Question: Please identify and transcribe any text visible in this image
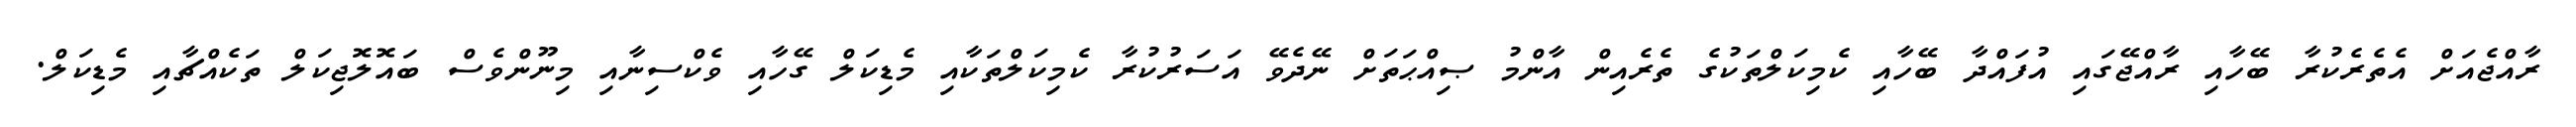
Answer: ރާއްޖެއަށް އެތެރެކުރާ ބޭހާއި ރާއްޖޭގައި އުފައްދާ ބޭހާއި ކެމިކަލްތަކުގެ ތެރެއިން އާންމު ޞިއްޙަތަށް ނޭދެވޭ އަސަރުކުރާ ކެމިކަލްތަކާއި މެޑިކަލް ގޭހާއި ވެކްސިނާއި މިނޫންވެސް ބައޮލޮޖިކަލް ތަކެއްޗާއި މެޑިކަލް.